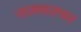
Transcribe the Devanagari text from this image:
जलथलचर